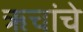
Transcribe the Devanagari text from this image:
ॠचांचे